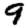
Digit: 9